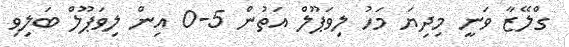
ގްލޭޒާ ވަނީ މިދިޔަ މަހު ލިވަޕޫލް އަތުން 5-0 އިން ލިވަޕޫލް ބަލިވި